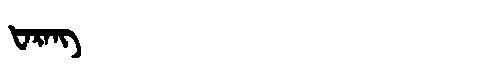
Manchu: ᡶᠠᡵᠠᠩ
Romanization: FARANG